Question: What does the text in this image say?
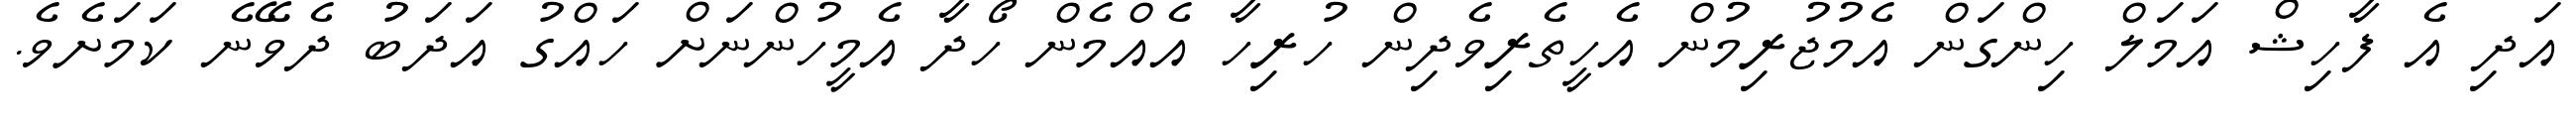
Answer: އަދި އެ ފާހިޝް އަމަލް ހިންގަން އެމުޖުރިމުން އެހީތެރިވެދިން ހުރިހާ އެއްމެން ހޯދާ އެމީހުންނަށް ހައްގު އަދަބު ދެވޭނެ ކަމަށެވެ.